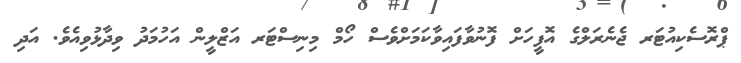
ޕްރޮސެކިއުޓަރ ޖެނެރަލްގެ އޮފީހަށް ފޮނުވާފައިވާކަމަށްވެސް ހޯމް މިނިސްޓަރ އަޒްލީން އަހުމަދު ވިދާޅުވިއެވެ. އަދި